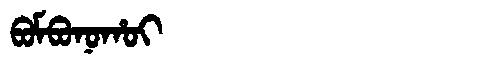
Manchu: ᠪᠣᠮᠪᠣᠨᠣᡥᠣᡳ
Romanization: BOMBONOHOI